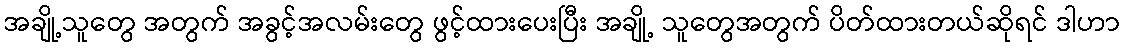
အချို့သူတွေ အတွက် အခွင့်အလမ်းတွေ ဖွင့်ထားပေးပြီး အချို့ သူတွေအတွက် ပိတ်ထားတယ်ဆိုရင် ဒါဟာ